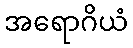
အရောဂိယံ